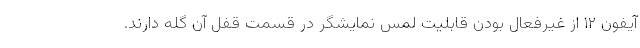
آیفون ۱۲ از غیرفعال بودن قابلیت لمس نمایشگر در قسمت قفل آن گله دارند.